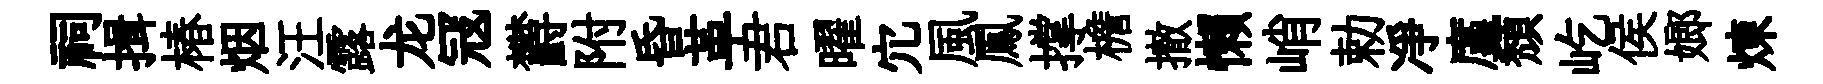
祠揖椿烟汪露龙冦欝附昏革君曜宂風鳳撑檐撤懒峭勅凈廑頹屹侯嫏煉